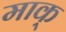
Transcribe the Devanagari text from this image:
माक्